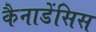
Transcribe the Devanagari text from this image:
कैनाडेंसिस